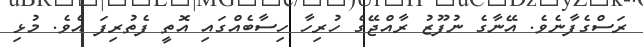
ރަސްގެފާނެވެ. އޭނާގެ ނުފޫޒު ރާއްޖޭގެ ހުރިހާ ހިސާބެއްގައި އޮތީ ފެތުރިފަ އެވެ. މުޅި